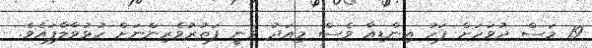
19 މަސް ދުވަހަށް ފަހު އިންޑިއާ ވެސް މިއަދު ވަނީ ފަތުރުވެރިންނަށް ހުޅުވާލާފައެވެ.